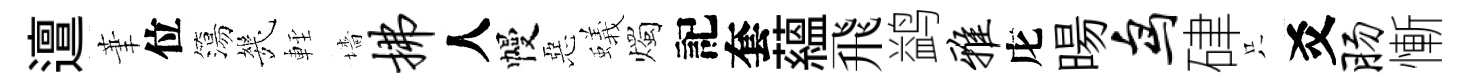
邅茟位簜㡬䡖墻拂人幔惡蟻燭記套藴飛鹢雅庀暘鸟硉只爻肠慚